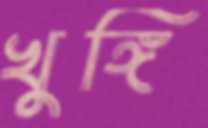
খুঙ্গি